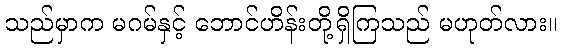
သည်မှာက မဂမ်နှင့် ဘောင်ဟိန်းတို့ရှိကြသည် မဟုတ်လား။